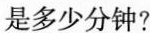
是多少分钟?